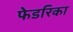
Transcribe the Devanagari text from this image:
फेडरिका